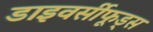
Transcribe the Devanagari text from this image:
डाइवर्सीफूड्स